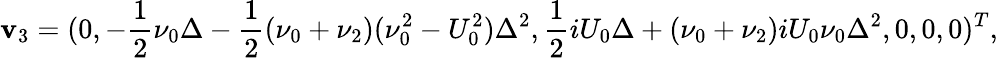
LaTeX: \boldsymbol{\mathbf{v}}_{3}=(0,-\frac{{1}}{{2}}\nu_{0}\Delta-\frac{{1}}{{2}}(\nu_{0}+\nu_{2})(\nu_{0}^{2}-U_{0}^{2})\Delta^{2},\frac{{1}}{{2}}iU_{0}\Delta+(\nu_{0}+\nu_{2})iU_{0}\nu_{0}\Delta^{2},0,0,0)^{T},